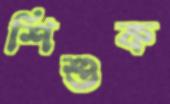
শিশুক